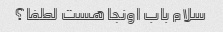
سلام باب اونجا هست لطفا؟